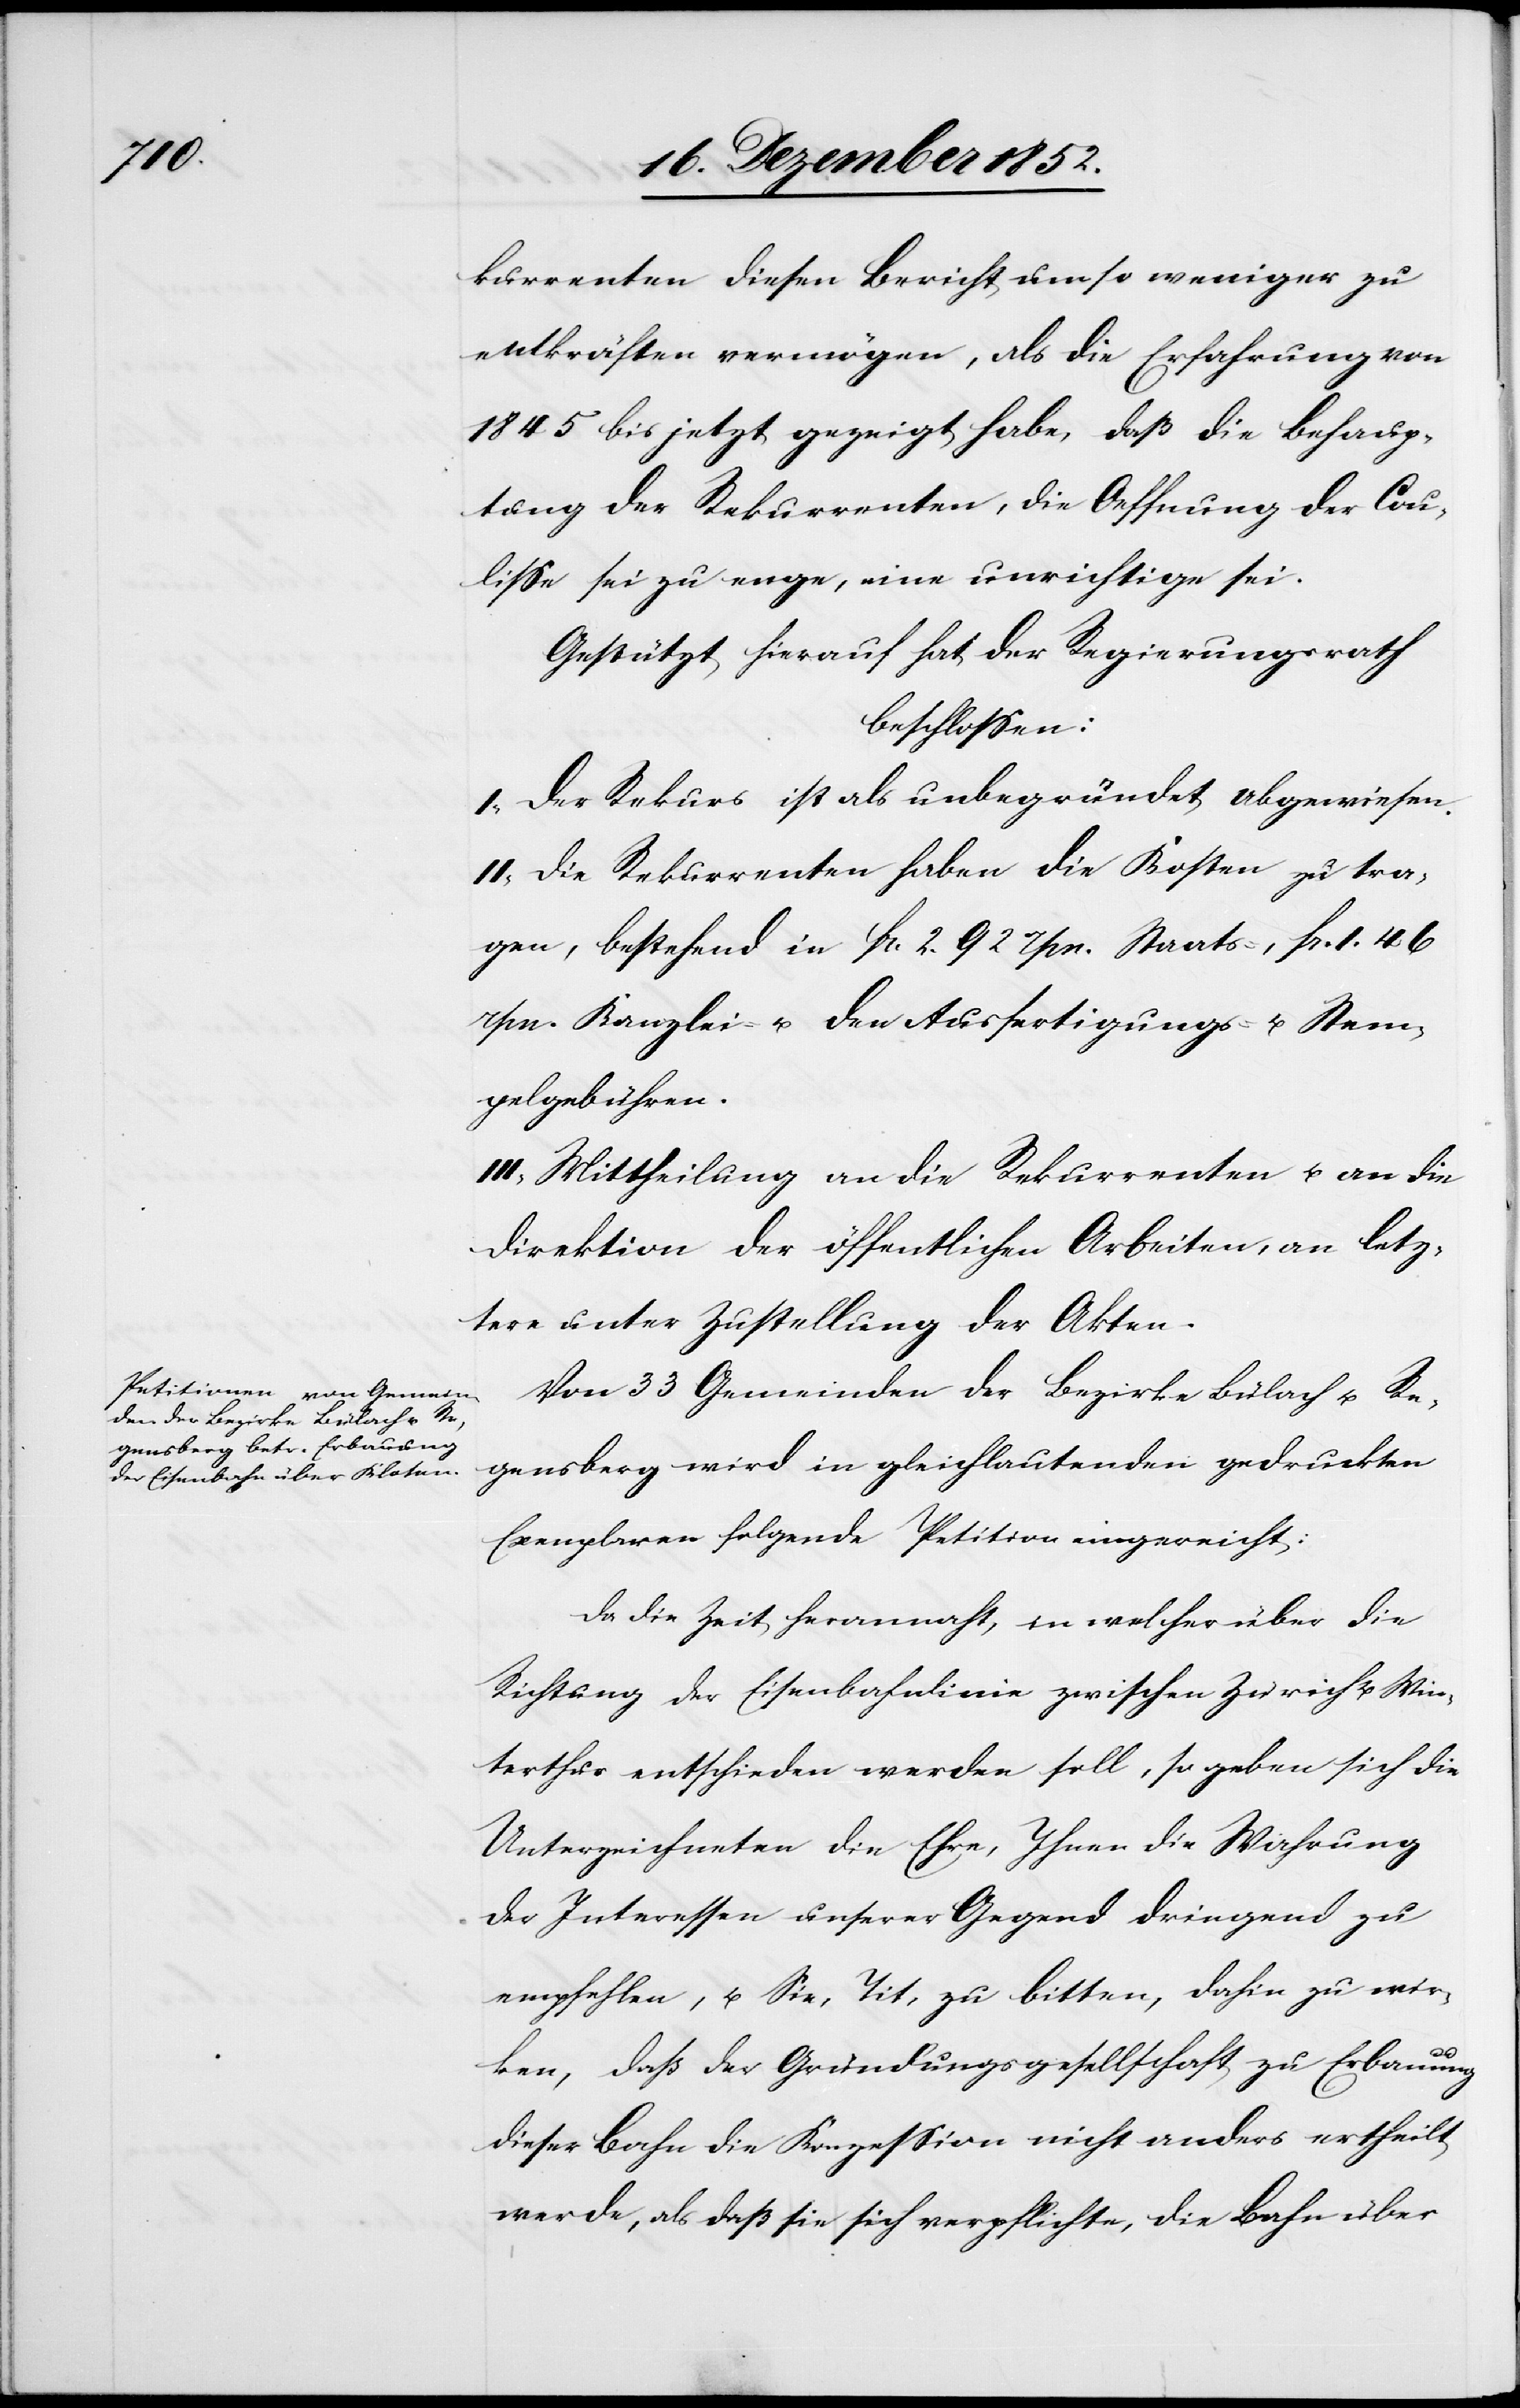
kurrenten diesen Bericht um so weniger zu
entkräften vermögen, als die Erfahrung von
1845 bis jetzt gezeigt habe, daß die Behaup¬
tung der Rekurrenten, die Oeffnung der Cou¬
lisse sei zu enge, eine unrichtige sei.
Gestützt hierauf hat der Regierungsrath
beschlossen:
I, Der Rekurs ist als unbegründet abgewiesen.
II, Die Rekurrenten haben die Kosten zu tra¬
gen, bestehend in fr. 2. 92 rpn. Staats-, fr. 1. 46
rpn. Kanzlei- u. den Ausfertigungs- u. Stem¬
pelgebühren.
III, Mittheilung an die Rekurrenten u. an die
Direktion der öffentlichen Arbeiten, an letz¬
tere unter Zustellung der Akten.
Von 33 Gemeinden der Bezirke Bülach u. Re¬
gensberg wird in gleichlautenden gedruckten
Exemplaren folgende Petition eingereicht:
Da die Zeit herannaht, in welcher über die
Richtung der Eisenbahnlinie zwischen Zürich u. Win¬
terthur entschieden werden soll, so geben sich die
Unterzeichneten die Ehre, Ihnen die Wahrung
der Interessen unserer Gegend dringend zu
empfehlen, u. Sie, Tit, zu bitten, dahin zu wir¬
ken, daß der Gründungsgesellschaft zu Erbauung
dieser Bahn die Konzession nicht anders ertheilt
werde, als daß sie sich verpflichte, die Bahn über